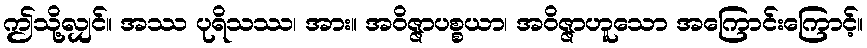
ဤသို့လျှင်။ အဿ ပုရိသဿ၊ အား။ အဝိဇ္ဇာပစ္စယာ၊ အဝိဇ္ဇာဟူသော အကြောင်းကြောင့်။